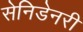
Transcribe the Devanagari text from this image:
सेनिडेनरी